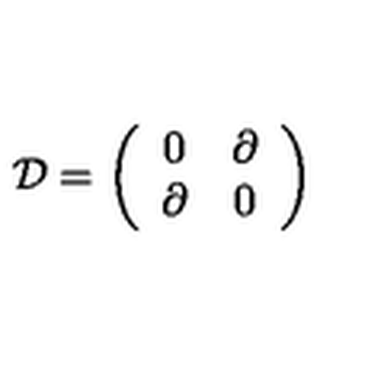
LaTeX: \mathcal { D } = \left( \begin{array} { c c } { 0 } & { \partial } \\ { \partial } & { 0 } \\ \end{array} \right)